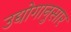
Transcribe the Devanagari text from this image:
उद्योगानुसार